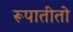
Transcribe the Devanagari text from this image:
रूपातीतो